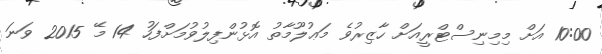
10:00 އަށް މިމިނިސްޓްރީއަށް ހާޒިރުވެ މަޢުލޫމާތު އޮޅުންފިލުވުމަށްފަހު 14 މޭ 2015 ވަނަ